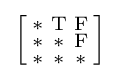
{\Bigl [}{\begin{smallmatrix}\mathrm {*} &\mathrm {T} &\mathrm {F} \\\mathrm {*} &\mathrm {*} &\mathrm {F} \\\mathrm {*} &\mathrm {*} &\mathrm {*} \end{smallmatrix}}{\Bigr ]}